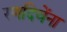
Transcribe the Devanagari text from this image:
रणदिवेंना